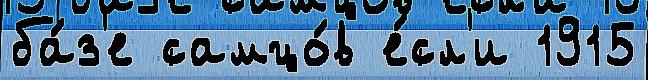
ба́з'е самцо́в е́сл'и 1915